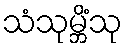
သံသုမ္ဘိံသု